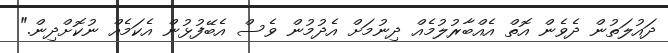
ދައުލަތުން ދެވެން އޮތް އެއްބާރުލުމެއް ދިނުމަށް އެދުމުން ވެސް އެބޭފުޅުން އެކަމެއް ނުކޮށްދިން."